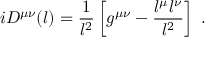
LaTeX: i D ^ { \mu \nu } ( l ) = \frac { 1 } { l ^ { 2 } } \left[ g ^ { \mu \nu } - \frac { l ^ { \mu } l ^ { \nu } } { l ^ { 2 } } \right] \ .